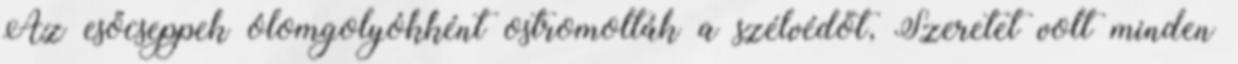
Az esőcseppek ólomgolyókként ostromolták a szélvédőt, Szeretet volt minden